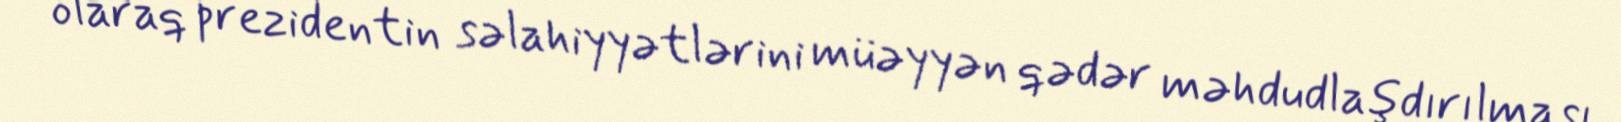
olaraq prezidentin səlahiyyətlərini müəyyən qədər məhdudlaşdırılması